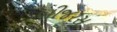
બીજરસ